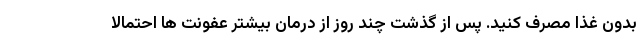
بدون غذا مصرف کنید. پس از گذشت چند روز از درمان بیشتر عفونت ها احتمالا